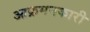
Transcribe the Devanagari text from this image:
आक्रमनकारी